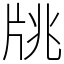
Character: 㸠